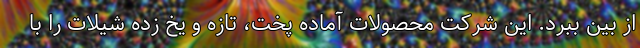
از بین ببرد. این شرکت محصولات آماده پخت، تازه و یخ زده شیلات را با